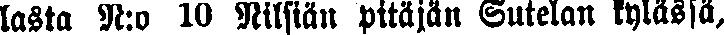
lasta N:o 10 Nilsiän pitäjän Sutelan kylässä,